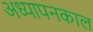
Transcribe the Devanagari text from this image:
अध्यापनकाल